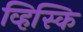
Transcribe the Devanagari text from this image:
व्हिस्कि